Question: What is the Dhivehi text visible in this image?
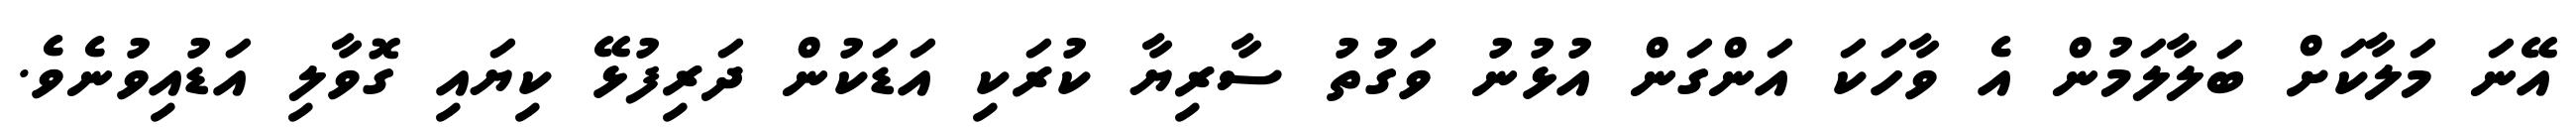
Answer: އޭނަ މަލާކަށް ބަލާލަމުން އެ ވާހަކަ އަންގަން އުޅުނު ވަގުތު ސާރިޔާ ކުރަކި އަޑަކުން ދަރިފުޅޭ ކިޔައި ގޮވާލި އަޑުއިވުނެވެ.